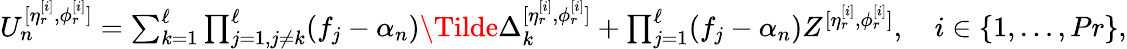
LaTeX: \begin{array}{r}{U_{n}^{[\eta_{r}^{[i]},\phi_{r}^{[i]}]}=\sum_{k=1}^{\ell}\prod_{j=1,j\neq k}^{\ell}(f_{j}-\alpha_{n})\Tilde{\Delta}_{k}^{[\eta_{r}^{[i]},\phi_{r}^{[i]}]}+\prod_{j=1}^{\ell}(f_{j}-\alpha_{n})Z^{[\eta_{r}^{[i]},\phi_{r}^{[i]}]},\quad i\in\{ 1,\dotsc,Pr\} ,}\end{array}